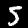
Digit: 5